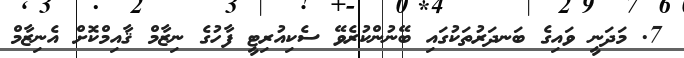
7. މަދަނީ ވައިގެ ބަނދަރުތަކުގައި ބޭނުންކުރެވޭ ސެކިއުރިޓީ ފާހުގެ ނިޒާމް ޤާއިމްކޮށް އެނިޒާމް